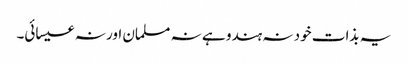
یہ بذات خود نہ ہندو ہے نہ مسلمان اور نہ عیسائی۔